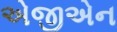
એજીએન